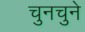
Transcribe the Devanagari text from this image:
चुनचुने